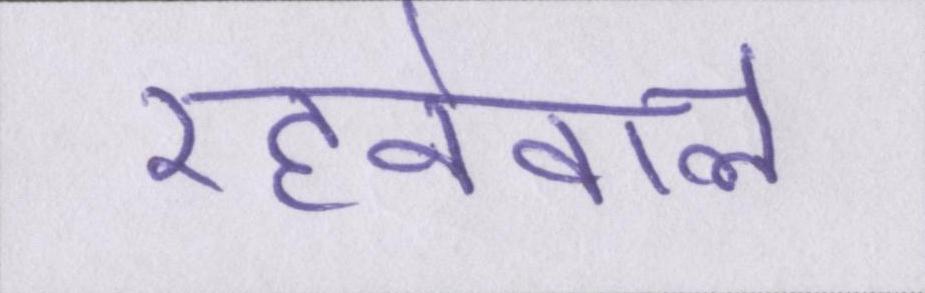
रहनेवाले